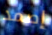
إصمد